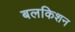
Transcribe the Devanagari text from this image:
बलकिशन